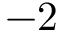
- 2